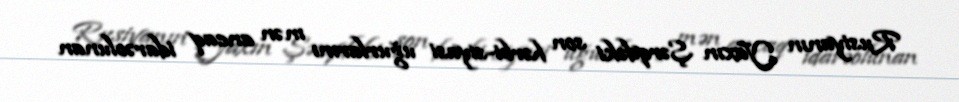
Rusiyanın Yaxın Şərqdəki son hərbi-siyasi uğurlarını mən ancaq idarəolunan